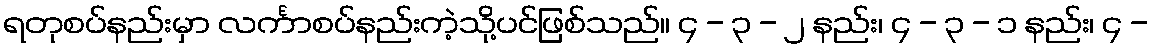
ရတုစပ်နည်းမှာ လင်္ကာစပ်နည်းကဲ့သို့ပင်ဖြစ်သည်။ ၄ - ၃ - ၂ နည်း၊ ၄ - ၃ - ၁ နည်း၊ ၄ -